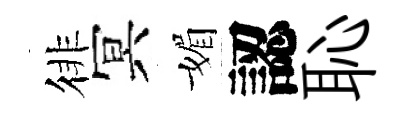
徘冥媚認恥